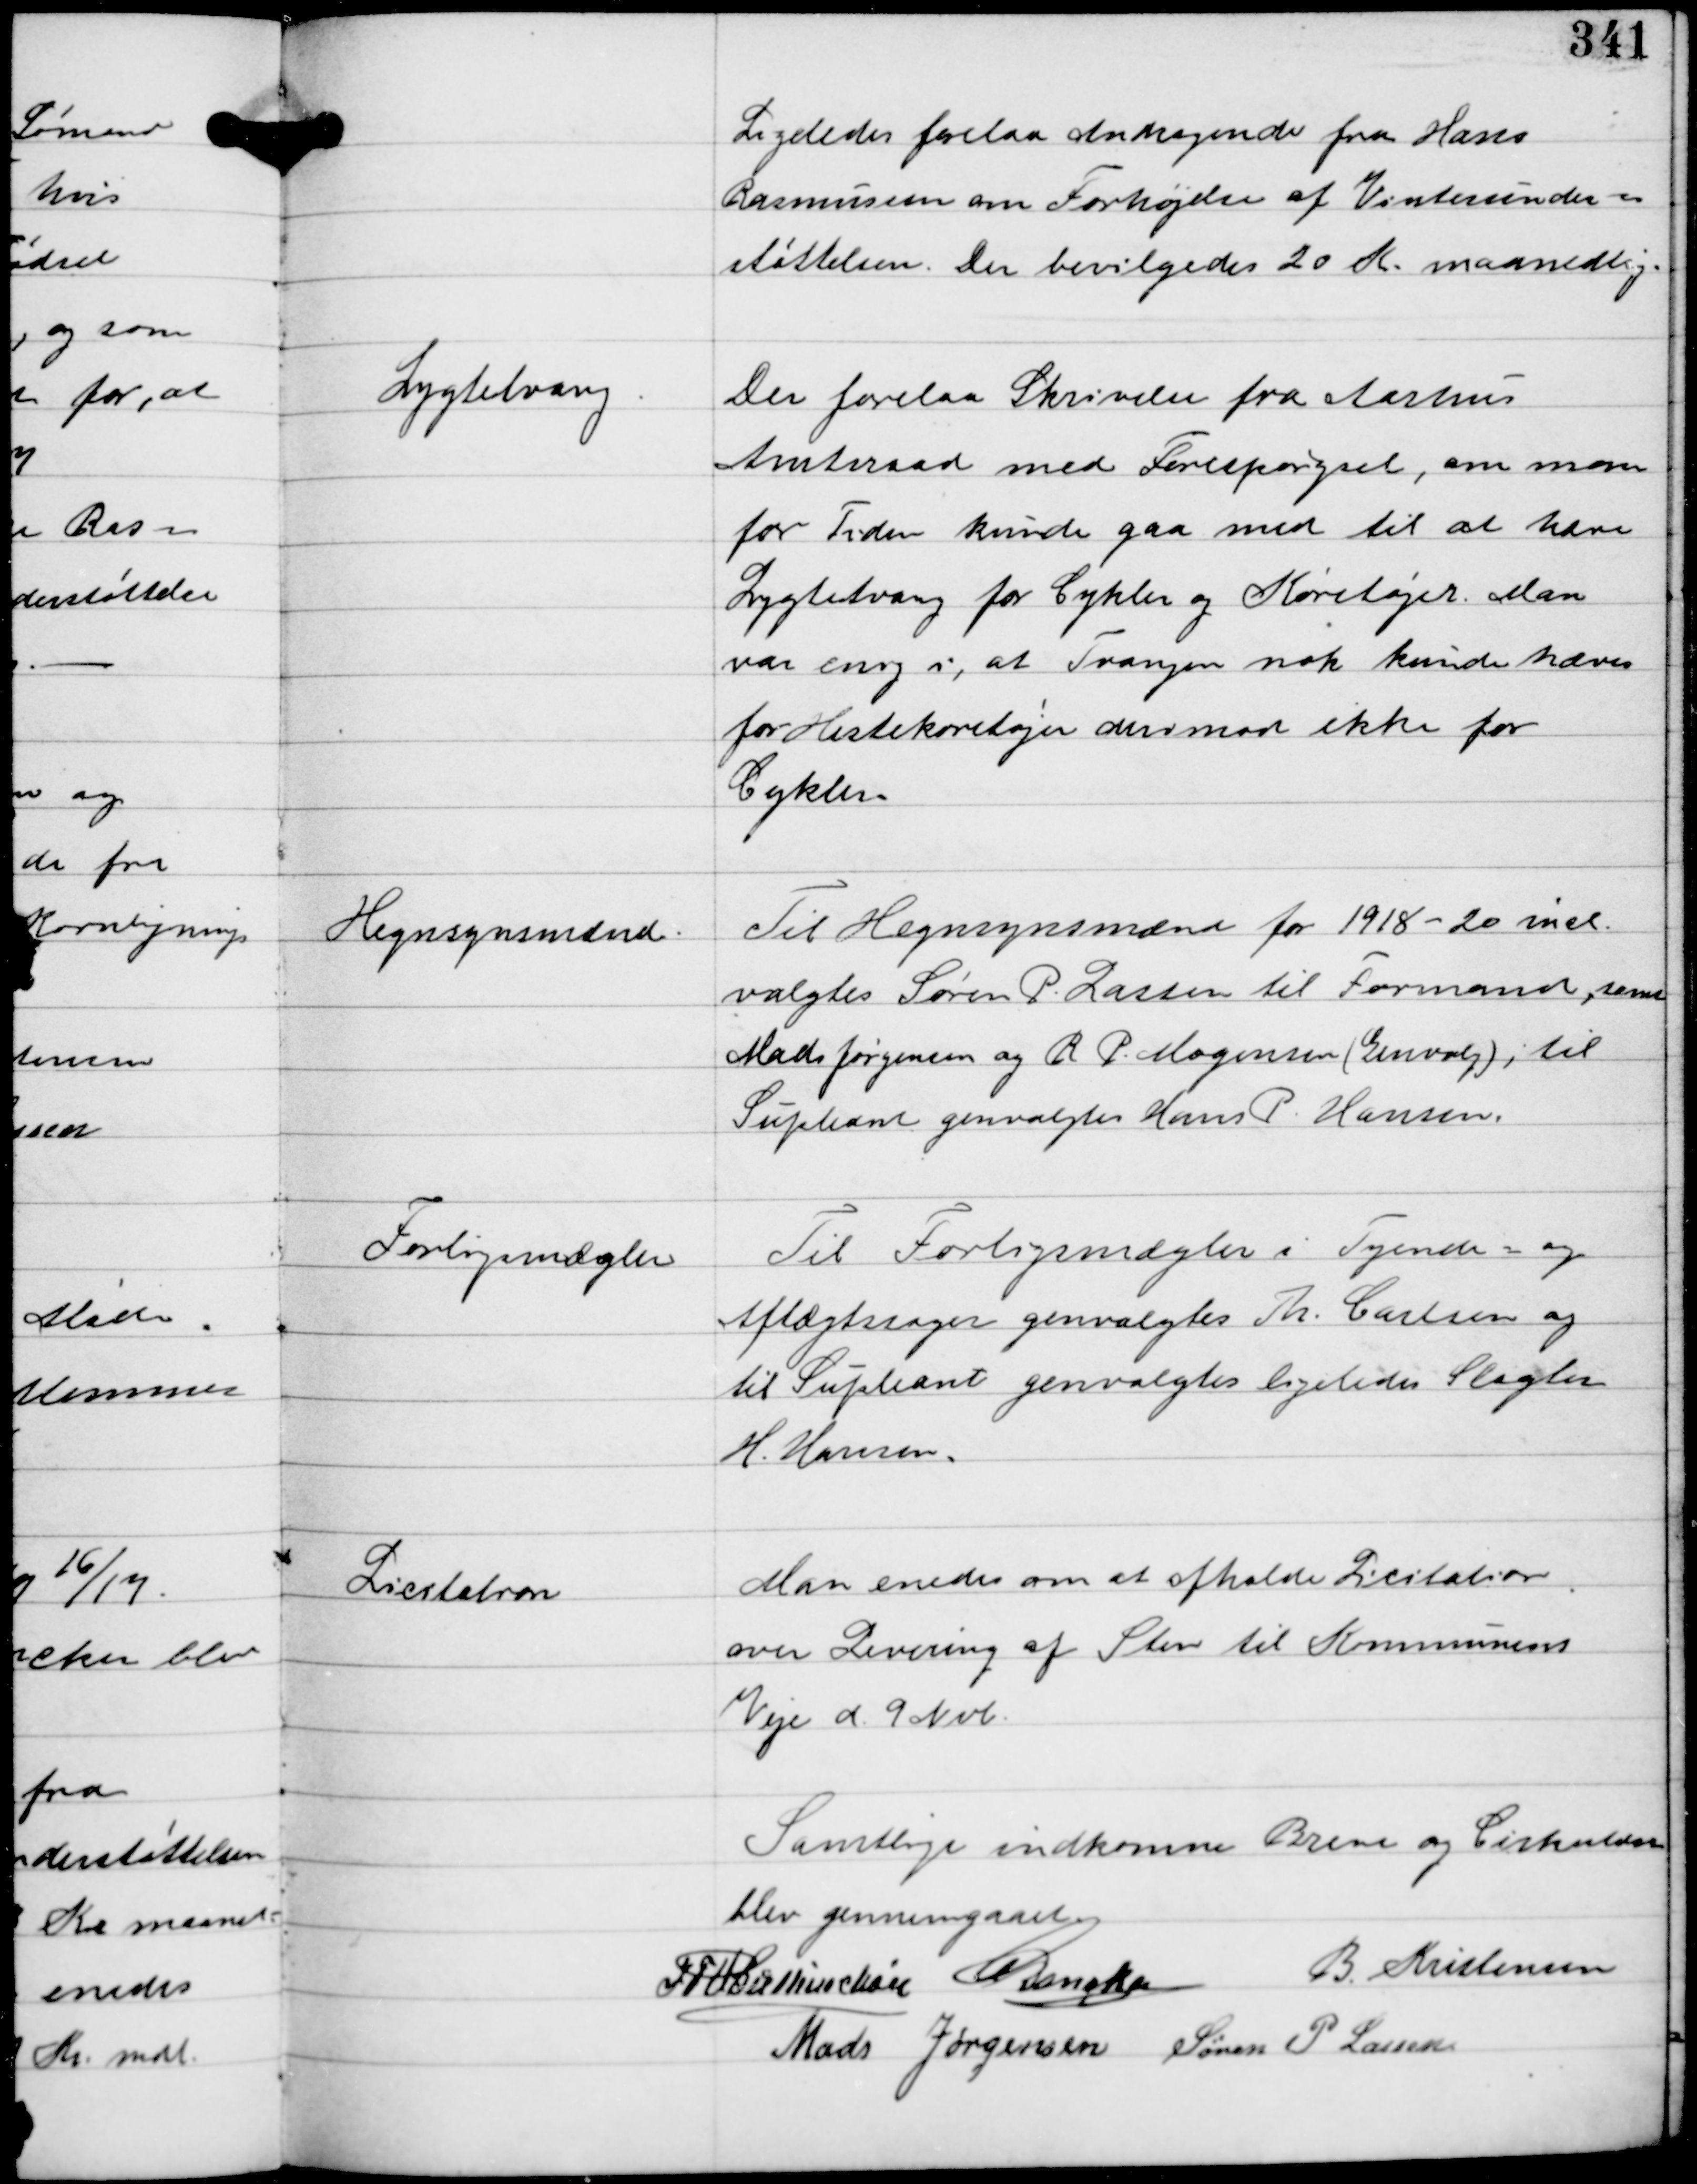
Transskription:
Ligeledes forelaa Andragende fra Hans
Rasmussen om Forhøjelse af Vinterunder-
støttelsen. Der bevilgedes 20 Kr. maanedlig.

Lygtetvang

Der forelaa Skrivelse fra Aarhus
Amtsraad med Forespørgsel, om man
for Tiden kunde gaa med til at have
Lygtetvang for Cykler og Køretøjer. Man
var enig i, at Tvangen nok kunde kræves
for Hestekøretøjer derimod ikke for
Cykler.

Hegnsynsmænd.

Til Hegnsynsmænd for 1918-20 incl.
valgtes Søren P. Lassen til Formand, samt
Mads Jørgensen og R. P. Mogensen (Genvalg); til
Supleant genvalgtes Hans P. Hansen.

Forligsmægler

Til Forligsmægler i Tyende- og
Aftægtssager genvalgtes Th. Carlsen og
til Supleant genvalgtes ligeledes slagter
H. Hansen.

Licitation

Man enedes om at afholde Licitation
over Levering af Sten til Kommunens
Veje d. 9 Nvb.

Samtlige indkomne Breve og Cirkulærer
blev gennemgaaet.
IFV Buttenschøn C Dencker B. Kristensen
Mads Jørgensen Søren P. Lassen